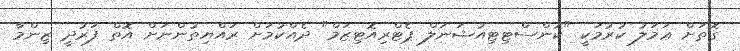
ގޮތަށް ޢަމަލު ކުރުމަކީ "ކޮންސްޓިޓިއުޝަނަލް ޕެޓްރިއޮޓިޒަމް" ދެއްކުމަށް ރައްޔިތުންނަށް އޮތް ފަރުދީ ޒިންމާ